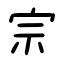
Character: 宗